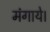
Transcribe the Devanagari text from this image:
मंगाये।